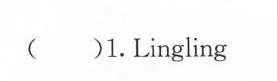
( )1.Lingling